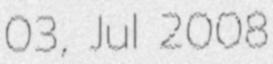
03, Jul 2008